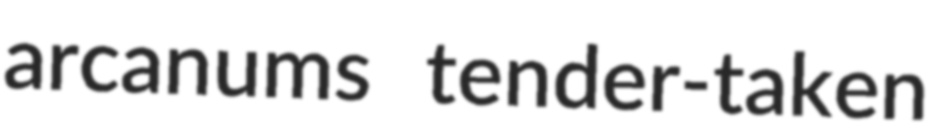
arcanums tender-taken